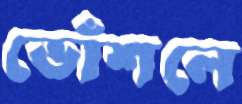
ভোঁশলে